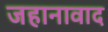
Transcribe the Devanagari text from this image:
जहानावाद